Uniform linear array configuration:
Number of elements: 12
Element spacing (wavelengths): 0.75
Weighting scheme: cosine
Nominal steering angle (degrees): -30
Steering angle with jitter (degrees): -29.908
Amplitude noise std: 0.05
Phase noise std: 0.05

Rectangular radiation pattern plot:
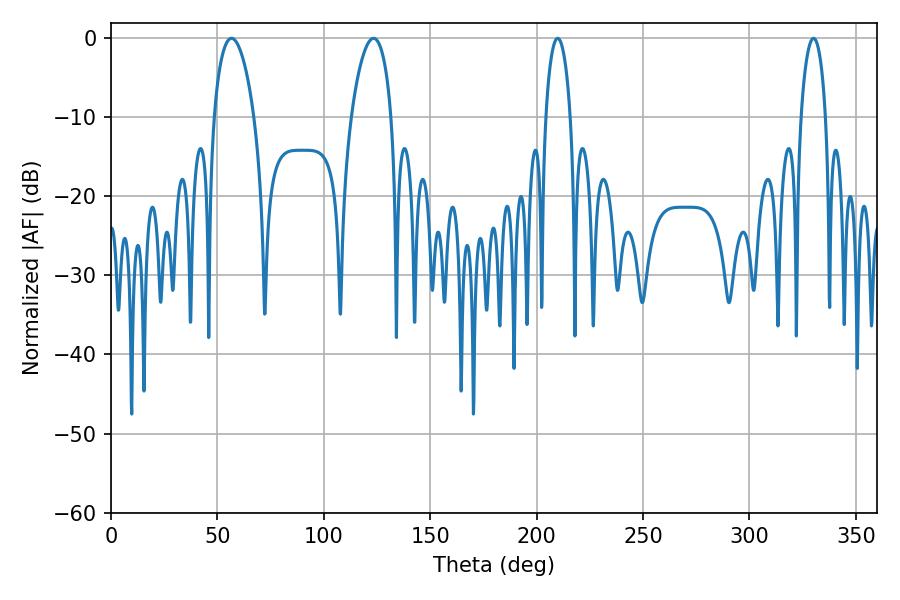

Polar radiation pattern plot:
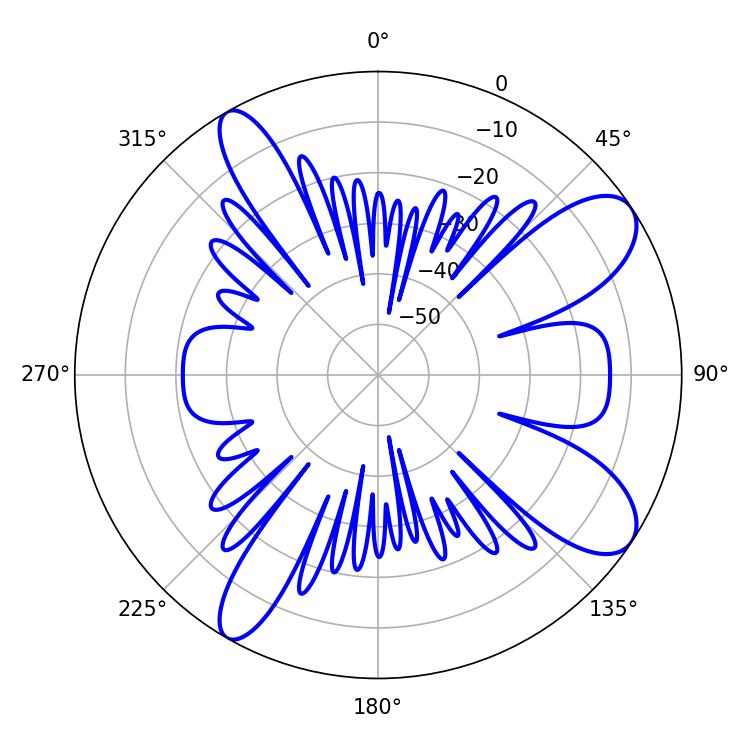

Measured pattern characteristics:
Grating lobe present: TRUE
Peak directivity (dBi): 9.658
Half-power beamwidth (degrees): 6.66
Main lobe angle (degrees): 209.88